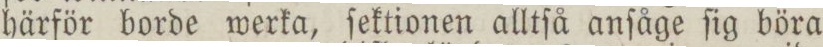
härför borde werka, ſektionen alltſå anſåge ſig böra